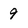
Character: 9